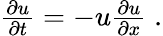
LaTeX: \begin{array}{r}{\frac{\partial u}{\partial t}=-u\frac{\partial u}{\partial x}\; .}\end{array}